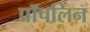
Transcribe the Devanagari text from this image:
पॉपलिन